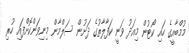
މުމްބާއީގެ ހައި ކޯޓުން މިއަދު ވަނީ ކަފާލާތުގެ ދަށުން ސަލްމާން މިނިވަންކޮށްފައި ހުރި